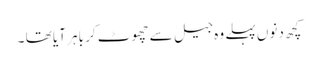
کچھ دنوں پہلے وہ جیل سے چھوٹ کر باہر آیا تھا ۔